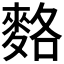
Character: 𪌣